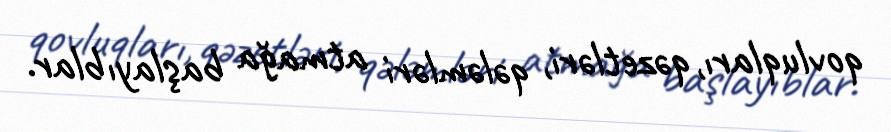
qovluqları, qəzetləri, qələmləri atmağa başlayıblar.